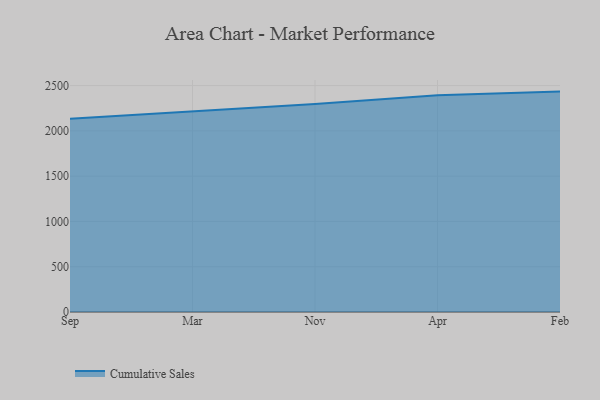
{"axis": {"x": "Month", "y": "Demand Index"}, "legend": ["Cumulative Sales"], "data": [{"x": "Sep", "y": 2133.7, "type": "Cumulative Sales"}, {"x": "Mar", "y": 2216.2, "type": "Cumulative Sales"}, {"x": "Nov", "y": 2296.8, "type": "Cumulative Sales"}, {"x": "Apr", "y": 2392.8, "type": "Cumulative Sales"}, {"x": "Feb", "y": 2433.7, "type": "Cumulative Sales"}]}